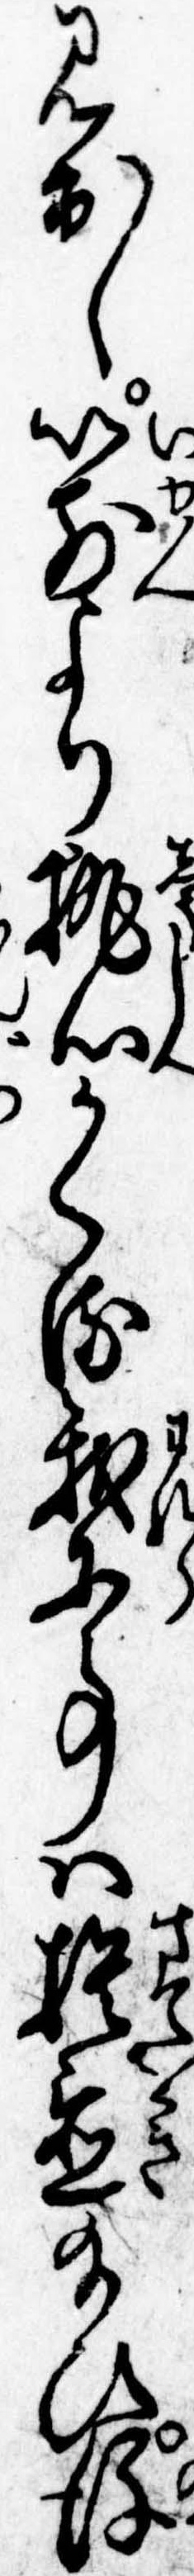
見出し以前より執心かくる我等事は捨置給ひ後